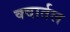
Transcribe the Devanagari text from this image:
क्वार्तल